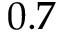
0 . 7